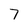
Character: 7